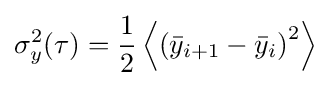
\sigma _{y}^{2}(\tau )={\frac {1}{2}}\left\langle \left({\bar {y}}_{i+1}-{\bar {y}}_{i}\right)^{2}\right\rangle